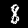
Digit: 8